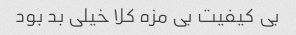
بی کیفیت بی مزه کلا خیلی بد بود